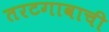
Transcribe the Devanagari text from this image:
तरटगावाची